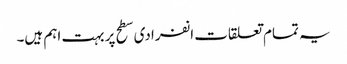
یہ تمام تعلقات انفرادی سطح پر بہت اہم ہیں۔